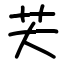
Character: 芖